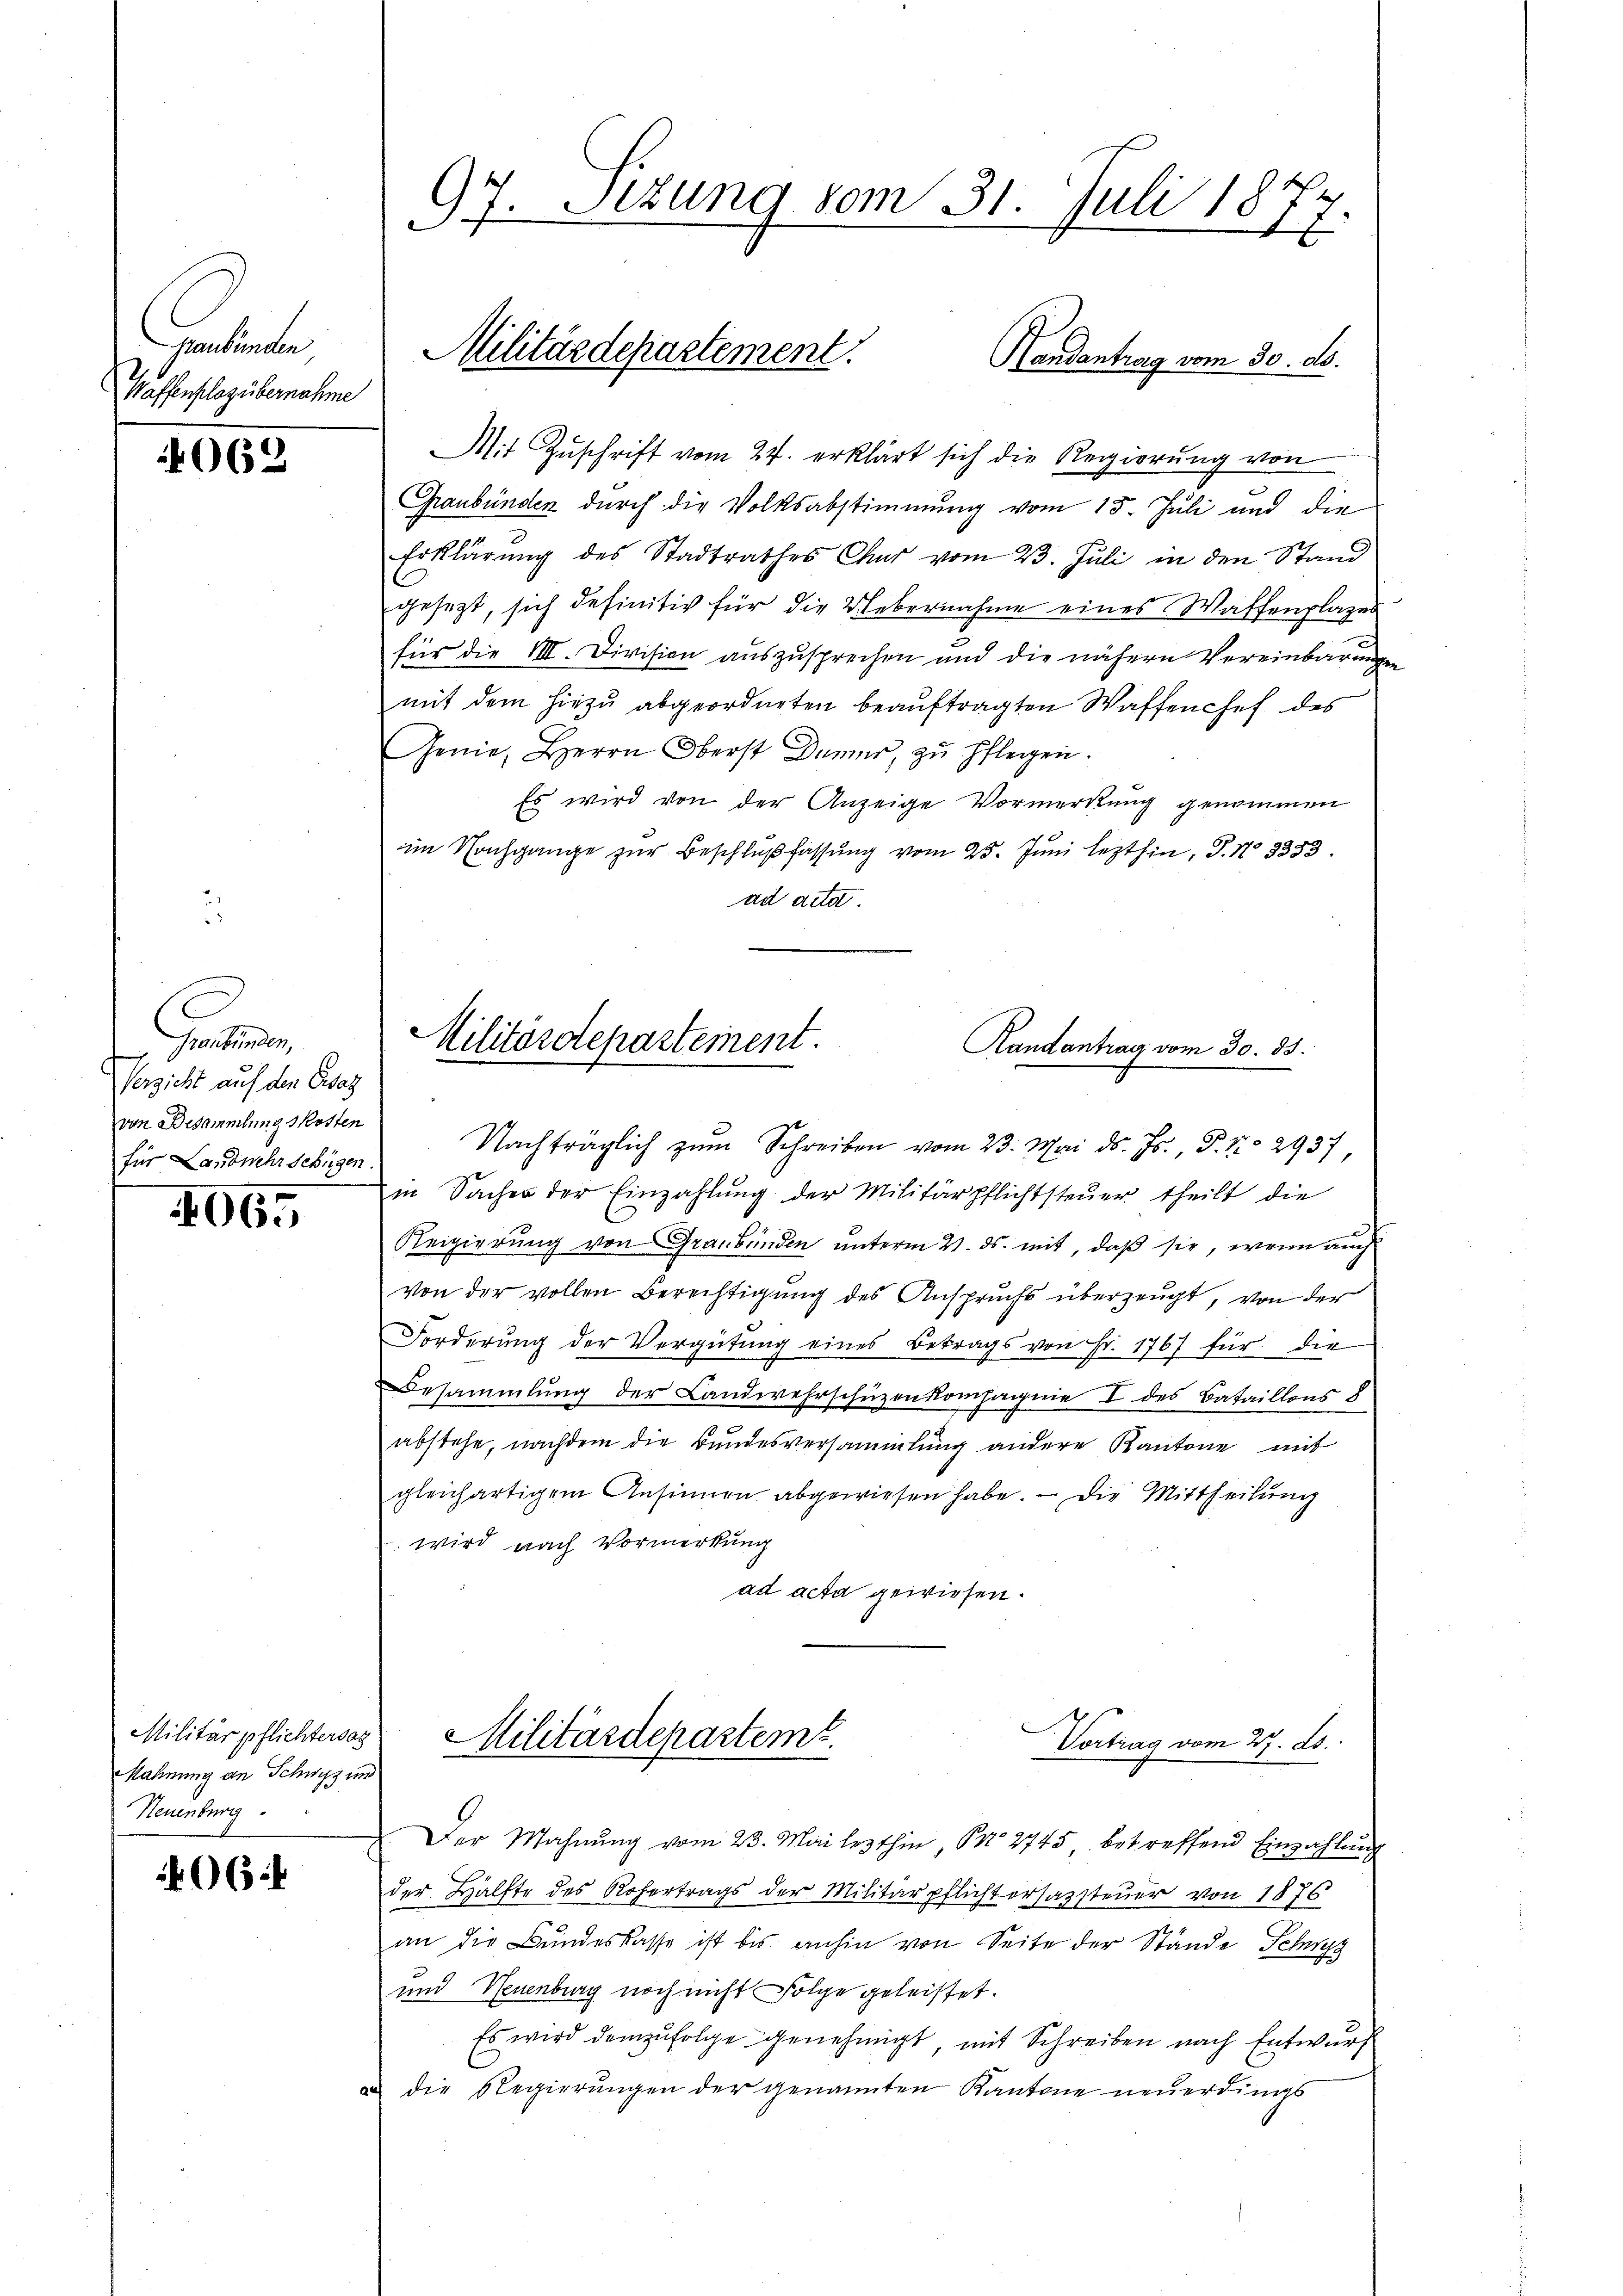
pentinen
Waffenplazübernahme

069

t
Verzicht auf den Ersatz
von Besammlungskosten
für Landwehr schügen.

4065

Militärpflichtersag
Mahnung an Schwyz und
Neuenburg

6

97. Sizung vom 31. Juli 1877

Mit Zuschrift vom 27. erklärt sich die Regierung von
Graubünden durch die Volksabstimmung vom 15. Juli und die
Erklärung des Stadtrathes Chur vom 23. Juli in den Stand
gesezt, sich definitiv für die Uebernahme eines Waffenplazes
für die VIII. Division auszusprechen und die nähern Vereinbarungen
mit dem hiezu abgeordneten beauftragten Waffenchef des
Genie, Herrn Oberst Dumer, zu pflegen.
Es wird von der Anzeige Vormerkung genommen
im Nachgange zur Beschlußfassung vom 23. Juni lezthin, S. 13333.
ad acta

Militärdepartement.
Handantrag vom 30. ds.

Militärdepartement.
Handantrag vom 30. ds.
Nachträglich zŭm Schreiben vom 23. Mai d. Js. P. Nr. 2937

in Sacher der Einzahlŭng der Militärpflichtsteŭer theilt die
Reigierung von Graubünden unterm 21. ds. mit, daß sie, wenn auch
von der vollen Berechtigung des Anspruchs überzeugt, von der
Forderung der Vergütung eines Betrags von Fr. 1767 für die
Besammlung der Landwehrschüzenkompagnie I des Bataillons 8
abstehe, nachdem die Bundesversammlung andere Kantone mit
gleichartigem Ansinnen abgewiesen habe. — Die Mittheilung
 wird nach Vormerkung
ad acta gewiesen.

Der Mahnŭng vom 23. Mai lezthin, S. 2745 betreffend Einzahlŭng
der Hälfte des Rohertrags der Militärpflichtersamsteuer von 1876
an die Bundeskasse ist bis anhin von Seite der Stande Schwyz
und Neuenburg noch nicht Folge geleistet.
Es wird demzufolge genehmigt, mit Schreiben nach Entwurf
u die Regierŭngen der genannten Kantone neŭerdings

Militärdeparteme.
Vortrag vom 27. ds.